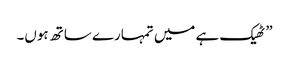
” ٹھیک ہے میں تمہارے ساتھ ہوں۔